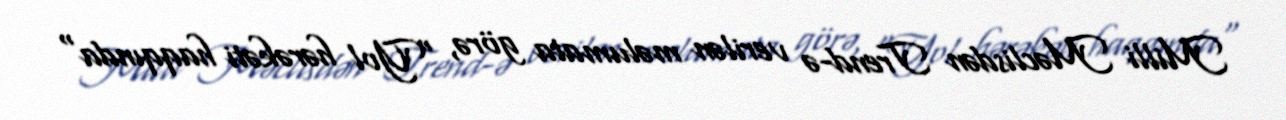
Milli Məclisdən Trend-ə verilən məlumata görə, "Yol hərəkəti haqqında"